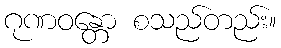
ဂုဏဝန္တော စသည်တည်း။